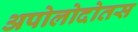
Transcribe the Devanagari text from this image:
अपोलोदोतस